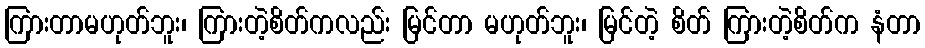
ကြားတာမဟုတ်ဘူး၊ ကြားတဲ့စိတ်ကလည်း မြင်တာ မဟုတ်ဘူး၊ မြင်တဲ့ စိတ် ကြားတဲ့စိတ်က နံတာ